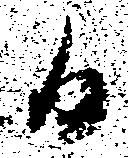
日